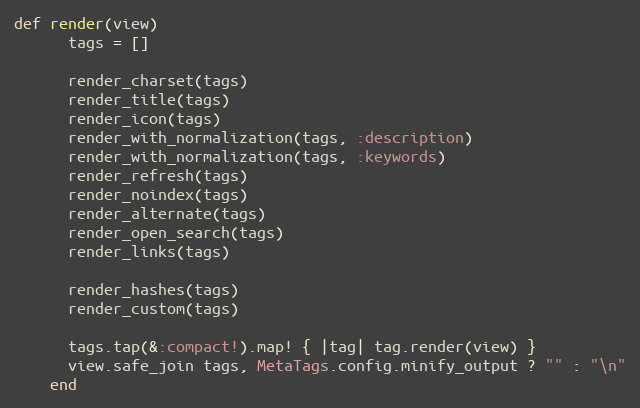
Language: Ruby
def render(view)
      tags = []

      render_charset(tags)
      render_title(tags)
      render_icon(tags)
      render_with_normalization(tags, :description)
      render_with_normalization(tags, :keywords)
      render_refresh(tags)
      render_noindex(tags)
      render_alternate(tags)
      render_open_search(tags)
      render_links(tags)

      render_hashes(tags)
      render_custom(tags)

      tags.tap(&:compact!).map! { |tag| tag.render(view) }
      view.safe_join tags, MetaTags.config.minify_output ? "" : "\n"
    end